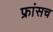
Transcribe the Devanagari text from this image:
फ्रांसच